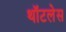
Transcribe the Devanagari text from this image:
थॉटलेस